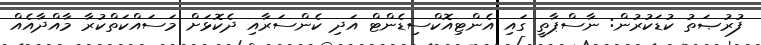
ފުރުޞަތު ކުޑަކުރުން: ނާސްޕާތީ ގައި އެންޓިއޮކްސިޑެންޓް އަދި ކެންސަރާއި ދެކޮޅަށް މަސައްކަތްކުރާ މާއްދާއެއް